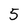
Character: 5